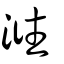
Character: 𣶂